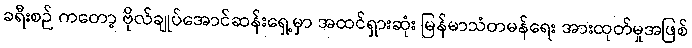
ခရီးစဉ် ကတော့ ဗိုလ်ချုပ်အောင်ဆန်းရှေ့မှာ အထင်ရှားဆုံး မြန်မာသံတမန်ရေး အားထုတ်မှုအဖြစ်